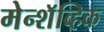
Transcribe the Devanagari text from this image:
मेन्शॅव्हिक